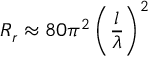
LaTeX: R _ { r } \approx 8 0 \pi ^ { 2 } \left( { \frac { l } { \lambda } } \right) ^ { 2 }